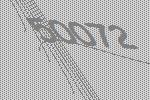
50072